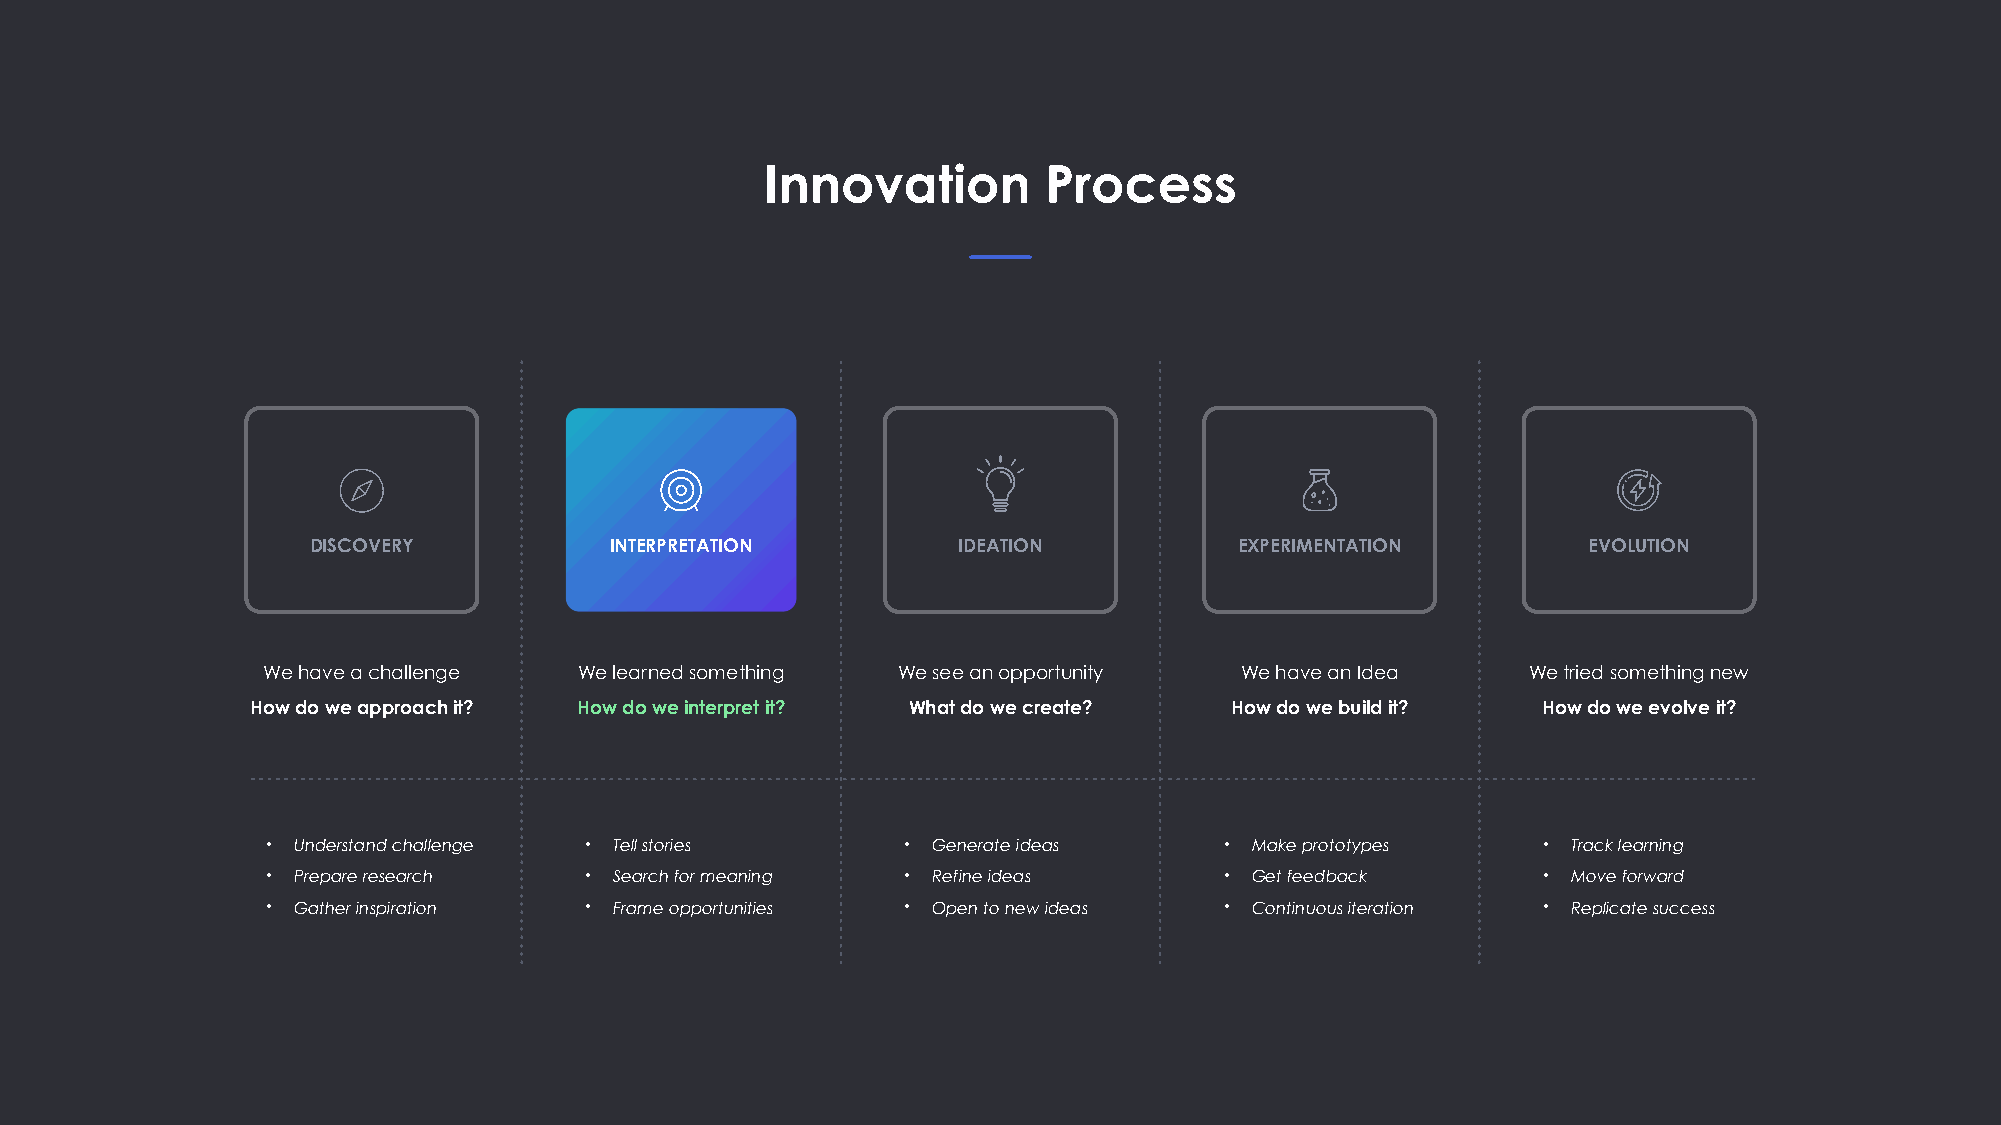
Innovation        Process
 DISCOVERY          INTERPRETATION         IDEATION           EXPERIMENTATION        EVOLUTION
 We have a challenge  We learned something We see an opportunity  We have an Idea    We tried something new
 How do we approach it? How do we interpret it? What do we create? How do we build it? How do we evolve it?
 • Understand challenge • Tell stories     • Generate ideas     • Make prototypes    • Track learning
 • Prepare research   • Search for meaning • Refine ideas       • Get feedback       • Move forward
 • Gather inspiration • Frame opportunities • Open to new ideas • Continuous iteration • Replicate success